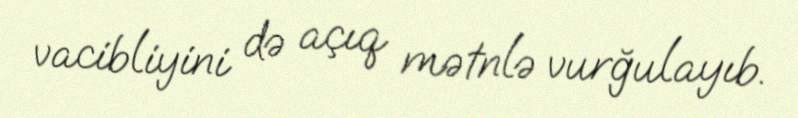
vacibliyini də açıq mətnlə vurğulayıb.